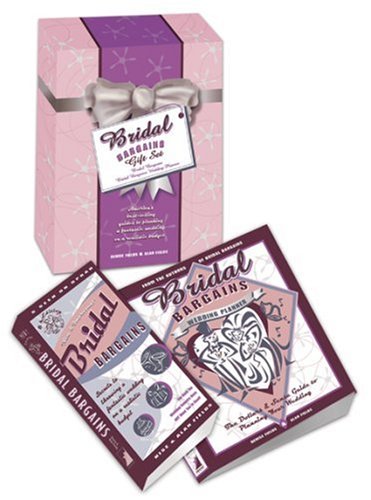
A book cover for Bridal Bargains Gift Set: Bridal Bargains + Bridal Bargains Wedding Planner; Denise Fields; Crafts, Hobbies & Home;